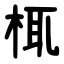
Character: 㭯